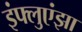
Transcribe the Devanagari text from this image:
इंफ्लुएंझा